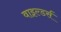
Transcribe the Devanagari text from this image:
वाइल्डर्स